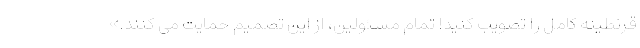
قرنطینه کامل را تصویب کنید! تمام مسئولین، از این تصمیم حمایت می کنند.»